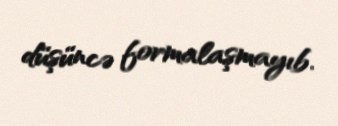
düşüncə formalaşmayıb.